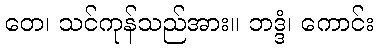
တေ၊ သင်ကုန်သည်အား။ ဘဒ္ဒံ၊ ကောင်း